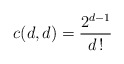
\begin{align*} c(d,d) = \frac{2^{d-1}}{d\,!}\end{align*}